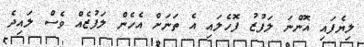
ލިޔެފައި އޮންނަ ލަފުޒު ފޮހެލައި އެ ތަނަށް އެހެން ލަފުޒެއް ވެސް ލައިދެ